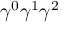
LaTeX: \gamma ^ { 0 } \gamma ^ { 1 } \gamma ^ { 2 }